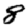
Digit: 8